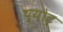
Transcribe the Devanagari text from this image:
प्योट्र